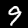
Digit: 9